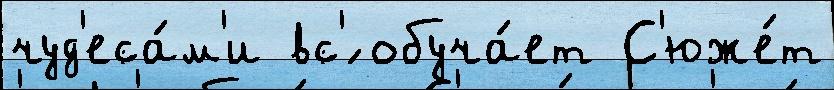
чуд'еса́м'и вс'́ обуча́ет С'юже́т